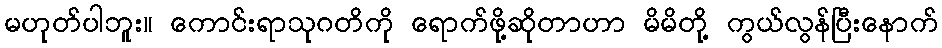
မဟုတ်ပါဘူး။ ကောင်းရာသုဂတိကို ရောက်ဖို့ဆိုတာဟာ မိမိတို့ ကွယ်လွန်ပြီးနောက်